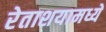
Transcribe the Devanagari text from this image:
रेताशयामध्ये